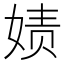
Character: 𰌇